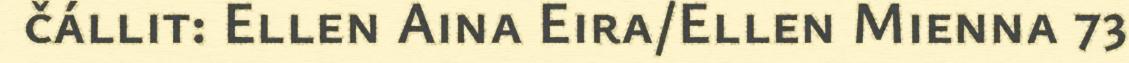
čállit: Ellen Aina Eira/Ellen Mienna 73